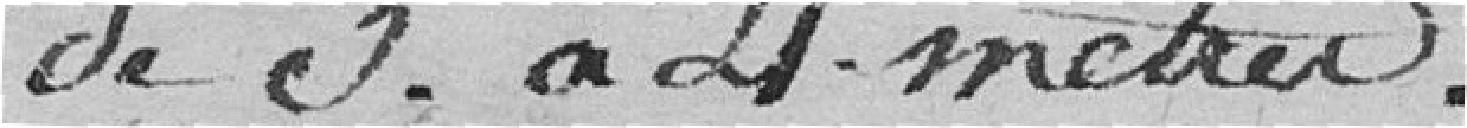
de 3 à 4 mètres.